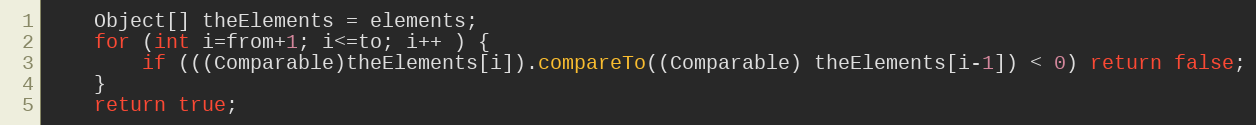
Language: Java
	Object[] theElements = elements;
	for (int i=from+1; i<=to; i++ ) {
		if (((Comparable)theElements[i]).compareTo((Comparable) theElements[i-1]) < 0) return false;
	}
	return true;